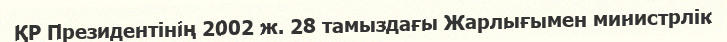
ҚР Президентінің 2002 ж. 28 тамыздағы Жарлығымен министрлік